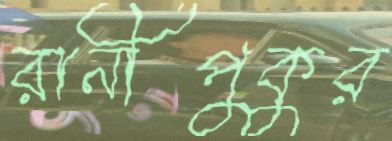
রানীপুকুর